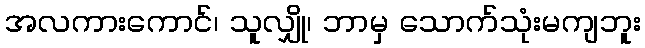
အလကားကောင်၊ သူလျှို၊ ဘာမှ သောက်သုံးမကျဘူး